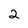
Character: 2